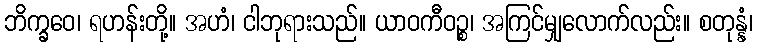
ဘိက္ခဝေ၊ ရဟန်းတို့။ အဟံ၊ ငါဘုရားသည်။ ယာဝကီဝဉ္စ၊ အကြင်မျှလောက်လည်း။ စတုန္နံ၊